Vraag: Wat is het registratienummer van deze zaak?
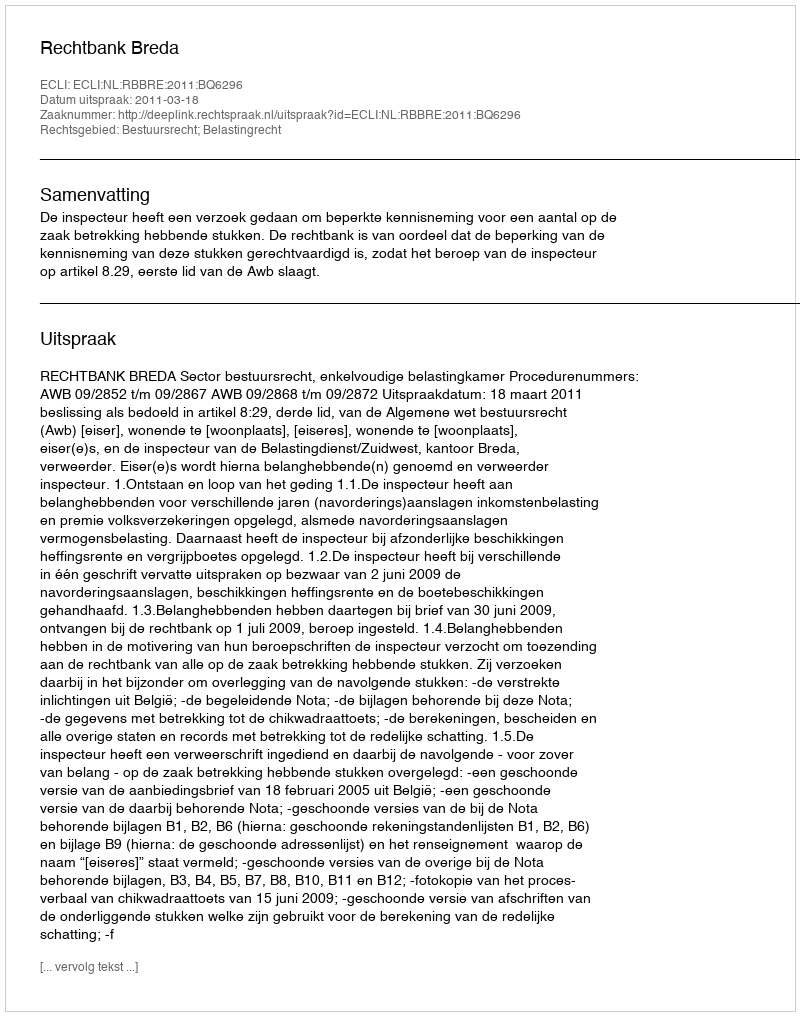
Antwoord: http://deeplink.rechtspraak.nl/uitspraak?id=ECLI:NL:RBBRE:2011:BQ6296